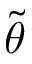
\tilde { \theta }